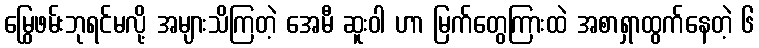
မြွေဖမ်းဘုရင်မလို့ အများသိကြတဲ့ အေမီ ဆူးဝါ ဟာ မြက်တွေကြားထဲ အစာရှာထွက်နေတဲ့ ၆